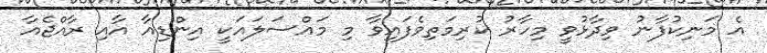
އެ މަނިކުފާނު ވިދާޅުވީ މިހާރު ކުރިމަތިވެފައިވާ މި މައްސަލައަކީ އިންޑިއާ އާއި ރާއްޖެއާ